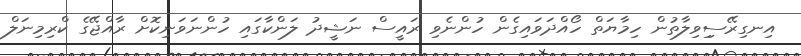
އިނގިރޭސިިވިލާތުން ހިމާޔަތް ހޯއްދަވައިގެން ހުންނެވި ރައީސް ނަޝީދު ލަންކާގައި ހުންނަވަނިކޮށް ރާއްޖޭގެ ކްރިމިނަލް